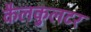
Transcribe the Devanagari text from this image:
कैलकुलटर